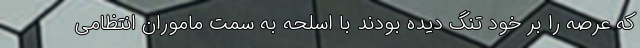
که عرصه را بر خود تنگ دیده بودند با اسلحه به سمت ماموران انتظامی